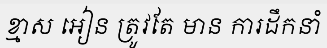
ខ្មាស អៀន ត្រូវតែ មាន ការដឹកនាំ